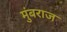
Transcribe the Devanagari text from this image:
मुंबराज